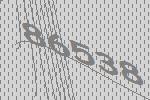
86538